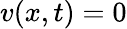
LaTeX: v(x,t)=0